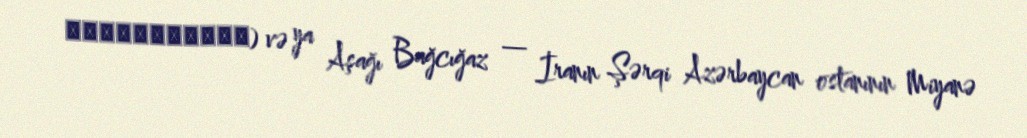
باغچغازسفلي) və ya Aşağı Bağcığaz — İranın Şərqi Azərbaycan ostanının Miyanə